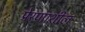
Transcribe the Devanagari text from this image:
प्रेरणाशील